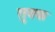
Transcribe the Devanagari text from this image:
तुक्क